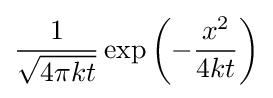
{\frac {1}{\sqrt {4\pi kt}}}\exp \left(-{\frac {x^{2}}{4kt}}\right)